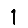
Digit: 1